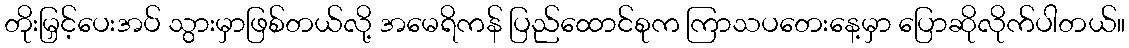
တိုးမြှင့်ပေးအပ် သွားမှာဖြစ်တယ်လို့ အမေရိကန် ပြည်ထောင်စုက ကြာသပတေးနေ့မှာ ပြောဆိုလိုက်ပါတယ်။